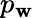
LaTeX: p_{\mathbf{w}}